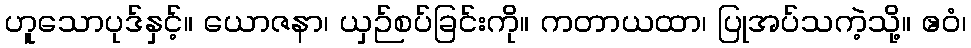
ဟူသောပုဒ်နှင့်။ ယောဇနာ၊ ယှဉ်စပ်ခြင်းကို။ ကတာယထာ၊ ပြုအပ်သကဲ့သို့။ ဧဝံ၊